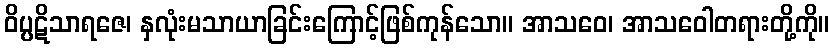
ဝိပ္ပဋိသာရဇေ၊ နှလုံးမသာယာခြင်းကြောင့်ဖြစ်ကုန်သော။ အာသဝေ၊ အာသဝေါတရားတို့ကို။